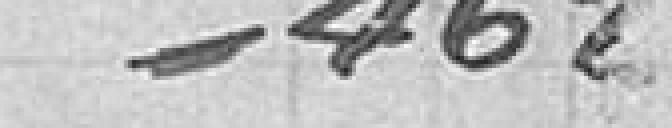
462